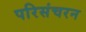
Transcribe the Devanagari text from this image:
परिसंचरन